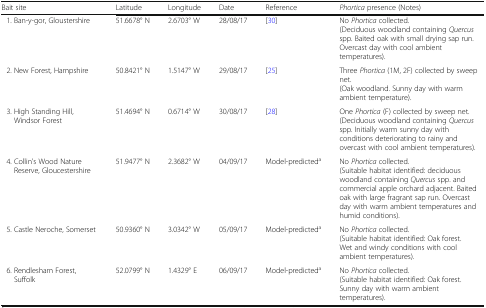
<table><thead><tr><td><b>Bait site</b></td><td><b>Latitude</b></td><td><b>Longitude</b></td><td><b>Date</b></td><td><b>Reference</b></td><td><b><i>Phortica</i> presence (Notes)</b></td></tr></thead><tbody><tr><td> 1. Ban-y-gor, Gloustershire</td><td>51.6678° N</td><td>2.6703° W</td><td>28/08/17</td><td>[30]</td><td>No <i>Phortica</i> collected.(Deciduous woodland containing <i>Quercus</i> spp. Baited oak with small drying sap run. Overcast day with cool ambient temperatures).</td></tr><tr><td> 2. New Forest, Hampshire</td><td>50.8421° N</td><td>1.5147° W</td><td>29/08/17</td><td>[25]</td><td>Three <i>Phortica</i> (1M, 2F) collected by sweep net.(Oak woodland. Sunny day with warm ambient temperature).</td></tr><tr><td> 3. High Standing Hill, Windsor Forest</td><td>51.4694° N</td><td>0.6714° W</td><td>30/08/17</td><td>[28]</td><td>One <i>Phortica</i> (F) collected by sweep net.(Deciduous woodland containing <i>Quercus</i> spp. Initially warm sunny day with conditions deteriorating to rainy and overcast with cool ambient temperatures).</td></tr><tr><td> 4. Collin’s Wood Nature Reserve, Gloucestershire</td><td>51.9477° N</td><td>2.3682° W</td><td>04/09/17</td><td>Model-predicted<sup>a</sup></td><td>No <i>Phortica</i> collected.(Suitable habitat identified: deciduous woodland containing <i>Quercus</i> spp. and commercial apple orchard adjacent. Baited oak with large fragrant sap run. Overcast day with warm ambient temperatures and humid conditions).</td></tr><tr><td> 5. Castle Neroche, Somerset</td><td>50.9360° N</td><td>3.0342° W</td><td>05/09/17</td><td>Model-predicted<sup>a</sup></td><td>No <i>Phortica</i> collected.(Suitable habitat identified: Oak forest. Wet and windy conditions with cool ambient temperatures).</td></tr><tr><td> 6. Rendlesham Forest, Suffolk</td><td>52.0799° N</td><td>1.4329° E</td><td>06/09/17</td><td>Model-predicted<sup>a</sup></td><td>No <i>Phortica</i> collected.(Suitable habitat identified: Oak forest. Sunny day with warm ambient temperatures).</td></tr></tbody></table>